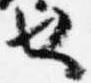
也